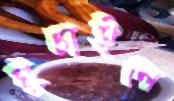
ঘুচাইলে